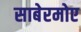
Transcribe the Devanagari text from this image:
साबेरमोए